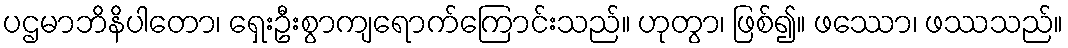
ပဌမာဘိနိပါတော၊ ရှေးဦးစွာကျရောက်ကြောင်းသည်။ ဟုတွာ၊ ဖြစ်၍။ ဖဿော၊ ဖဿသည်။